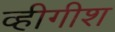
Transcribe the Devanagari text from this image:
व्हीगीश